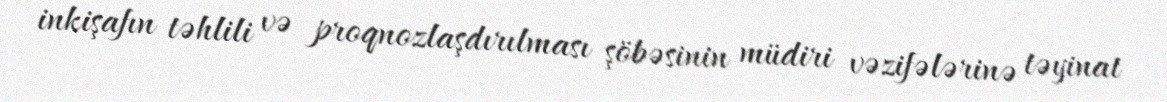
inkişafın təhlili və proqnozlaşdırılması şöbəsinin müdiri vəzifələrinə təyinat